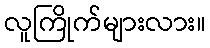
လူကြိုက်များလား။